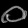
Digit: ၀